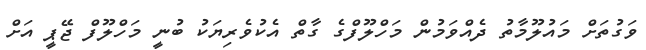
ވަގުތަށް މައުލޫމާތު ދެއްވަމުން މަހްލޫފްގެ ގާތް އެކުވެރިޔަކު ބުނީ މަހްލޫފް ޖޭޕީ އަށް